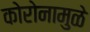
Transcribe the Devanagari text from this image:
कोरोनामुळे